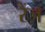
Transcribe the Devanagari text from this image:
रैंज